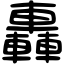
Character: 轟